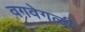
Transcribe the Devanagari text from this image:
वगवेगळी